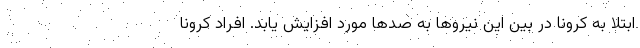
ابتلا به کرونا در بین این نیروها به صدها مورد افزایش یابد. افراد کرونا